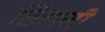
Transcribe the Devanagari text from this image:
सिलमी